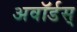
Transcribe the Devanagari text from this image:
अवॉर्डस्